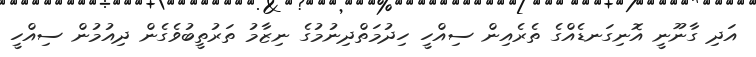
އަދި ގާނޫނީ އޮނިގަނޑެއްގެ ތެރެއިން ސިއްހީ ހިދުމަތްދިނުމުގެ ނިޒާމު ތަރުތީބުވެގެން ދިއުމުން ސިއްހީ